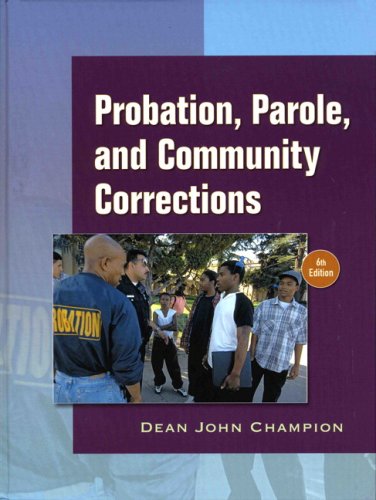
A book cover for Probation, Parole and Community Corrections (6th Edition); Dean J. Champion; Law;